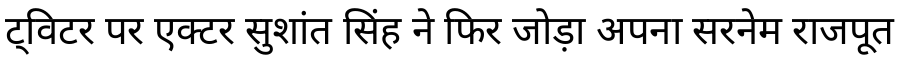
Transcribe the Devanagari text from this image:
ट्विटर पर एक्टर सुशांत सिंह ने फिर जोड़ा अपना सरनेम राजपूत